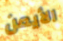
الأيمن